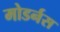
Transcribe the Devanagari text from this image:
मोडर्नस